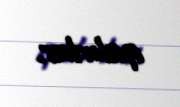
qalırlar.